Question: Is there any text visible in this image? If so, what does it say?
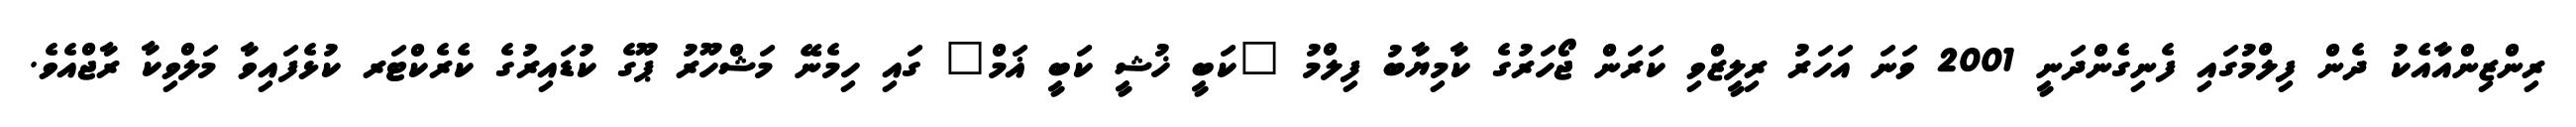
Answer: ރިންޒިންއާއެކު ދެން ފިލްމުގައި ފެނިގެންދަނީ 2001 ވަނަ އަހަރު ރިލީޒްވި ކަރަން ޖޯހަރުގެ ކާމިޔާބު ފިލްމު "ކަބީ ޚުޝީ ކަބީ ޣަމް" ގައި ހިމެނޭ މަޝްހޫރު ޕޫގެ ކުޑައިރުގެ ކެރެކްޓަރ ކުޅެފައިވާ މަލްވިކާ ރާޖްއެވެ.